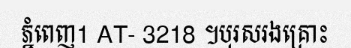
ភ្នំពេញ1 AT- 3218 ។បុរសរងគ្រោះ